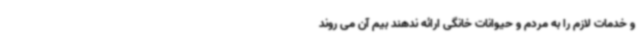
و خدمات لازم را به مردم و حیوانات خانگی ارائه ندهند بیم آن می روند